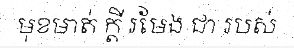
មុខមាត់ ក្តី រមែង ជា របស់